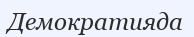
Демократияда